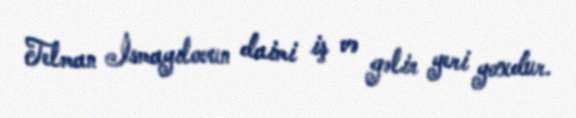
Telman İsmayılovun daimi iş və gəlir yeri yoxdur.